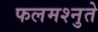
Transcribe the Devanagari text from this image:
फलमश्नुते